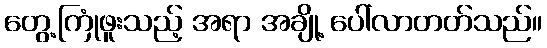
တွေ့ကြုံဖူးသည့် အရာ အချို့ ပေါ်လာတတ်သည်။